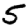
Digit: 5